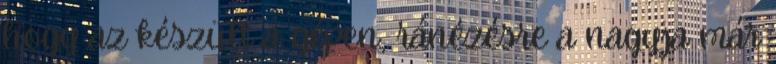
hogy az készült a gépen, ránézésre a nagyja már